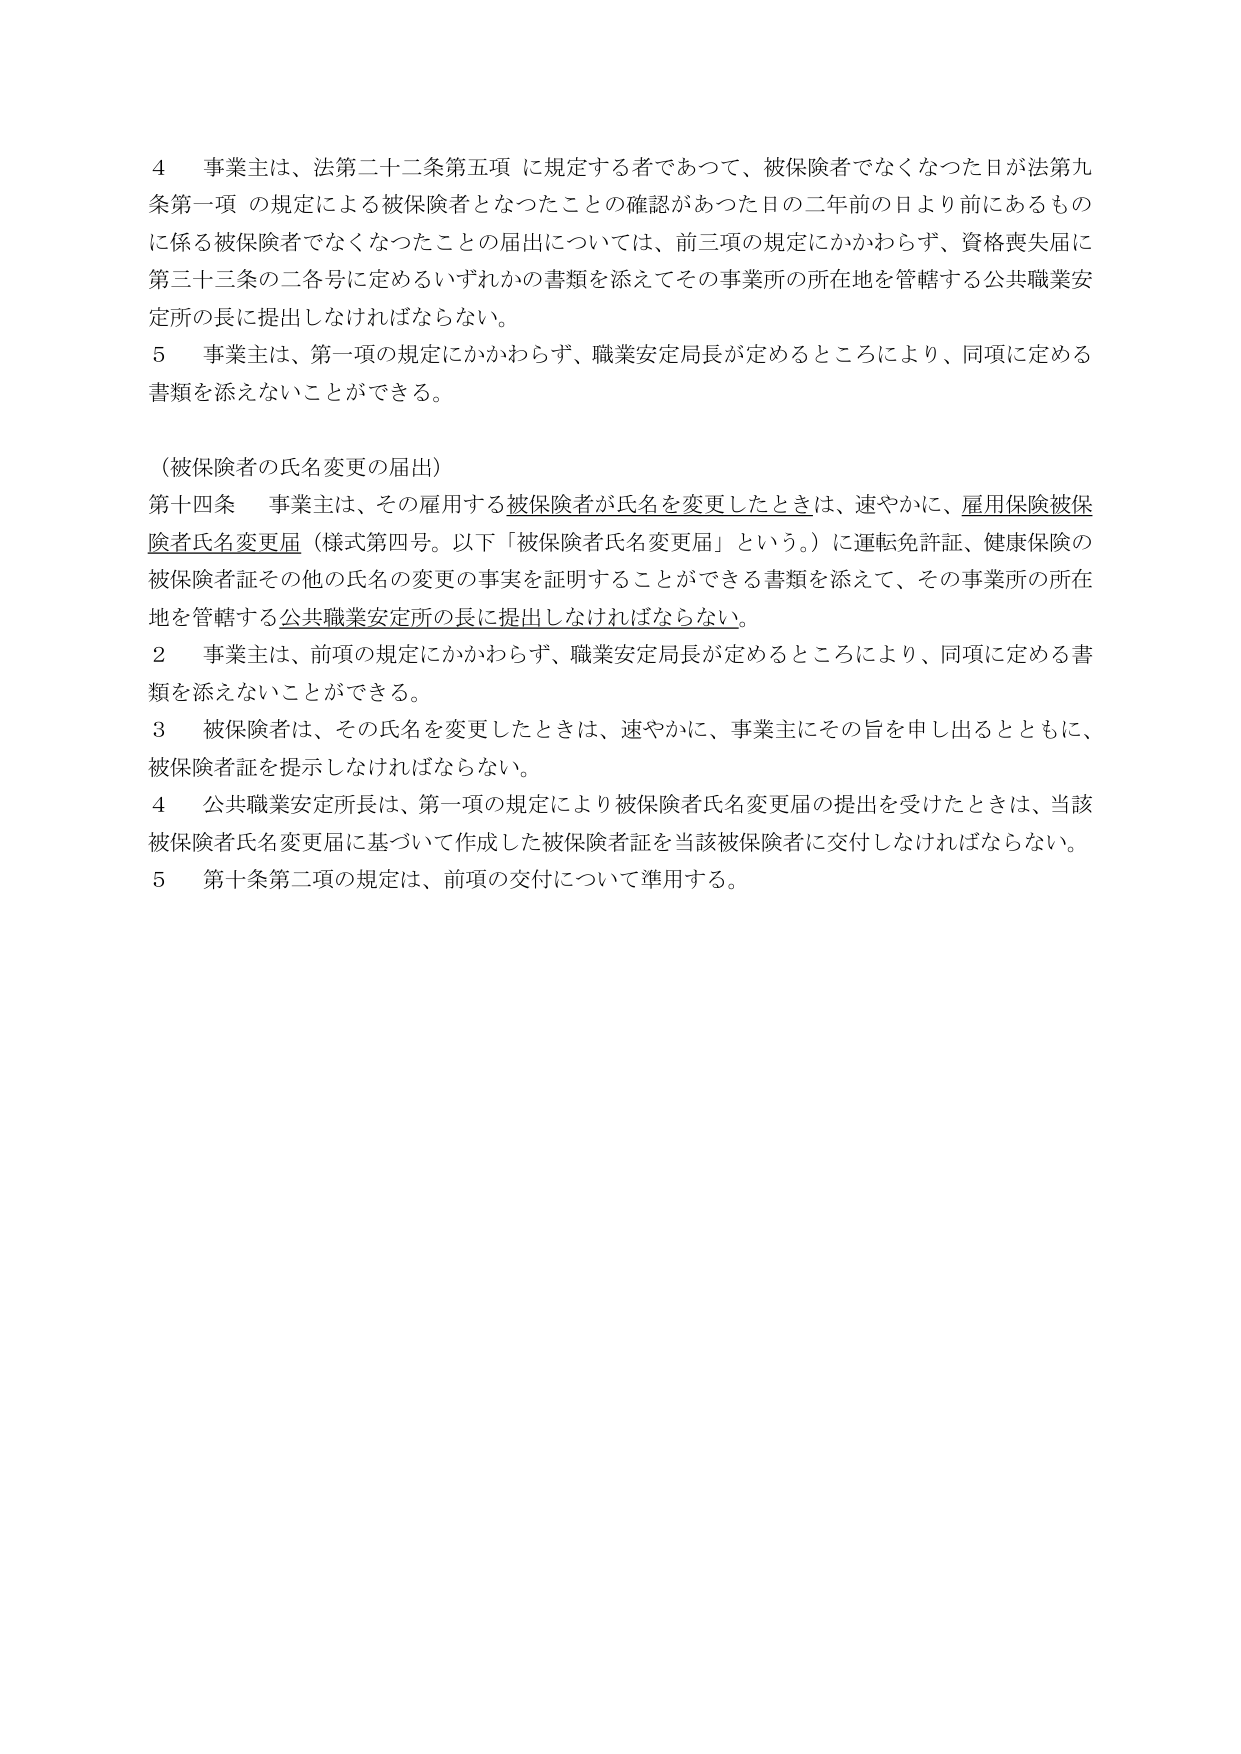
4 事業主は、法第二十二条第五項に規定する者であつて、被保険者でなくなつた日が法第九条第一項の規定による被保険者となつたことの確認があつた日の二年前の日より前にあるものに係る被保険者でなくなつたことの届出については、前三項の規定にかかわらず、資格喪失届に第三十三条の二各号に定めるいずれかの書類を添えてその事業所の所在地を管轄する公共職業安定所の長に提出しなければならない。

5 事業主は、第一項の規定にかかわらず、職業安定局長が定めるところにより、同項に定める書類を添えないことができる。

（被保険者の氏名変更の届出）

第十四条 事業主は、その雇用する被保険者が氏名を変更したときは、速やかに、雇用保険被保険者氏名変更届（様式第四号。以下「被保険者氏名変更届」という。）に運転免許証、健康保険の被保険者証その他の氏名の変更の事実を証明することができる書類を添えて、その事業所の所在地を管轄する公共職業安定所の長に提出しなければならない。

2 事業主は、前項の規定にかかわらず、職業安定局長が定めるところにより、同項に定める書類を添えないことができる。

3 被保険者は、その氏名を変更したときは、速やかに、事業主にその旨を申し出るとともに、被保険者証を提示しなければならない。

4 公共職業安定所長は、第一項の規定により被保険者氏名変更届の提出を受けたときは、当該被保険者氏名変更届に基づいて作成した被保険者証を当該被保険者に交付しなければならない。

5 第十条第二項の規定は、前項の交付について準用する。